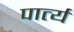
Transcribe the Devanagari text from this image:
पार्त्य